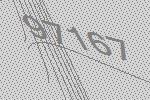
97167